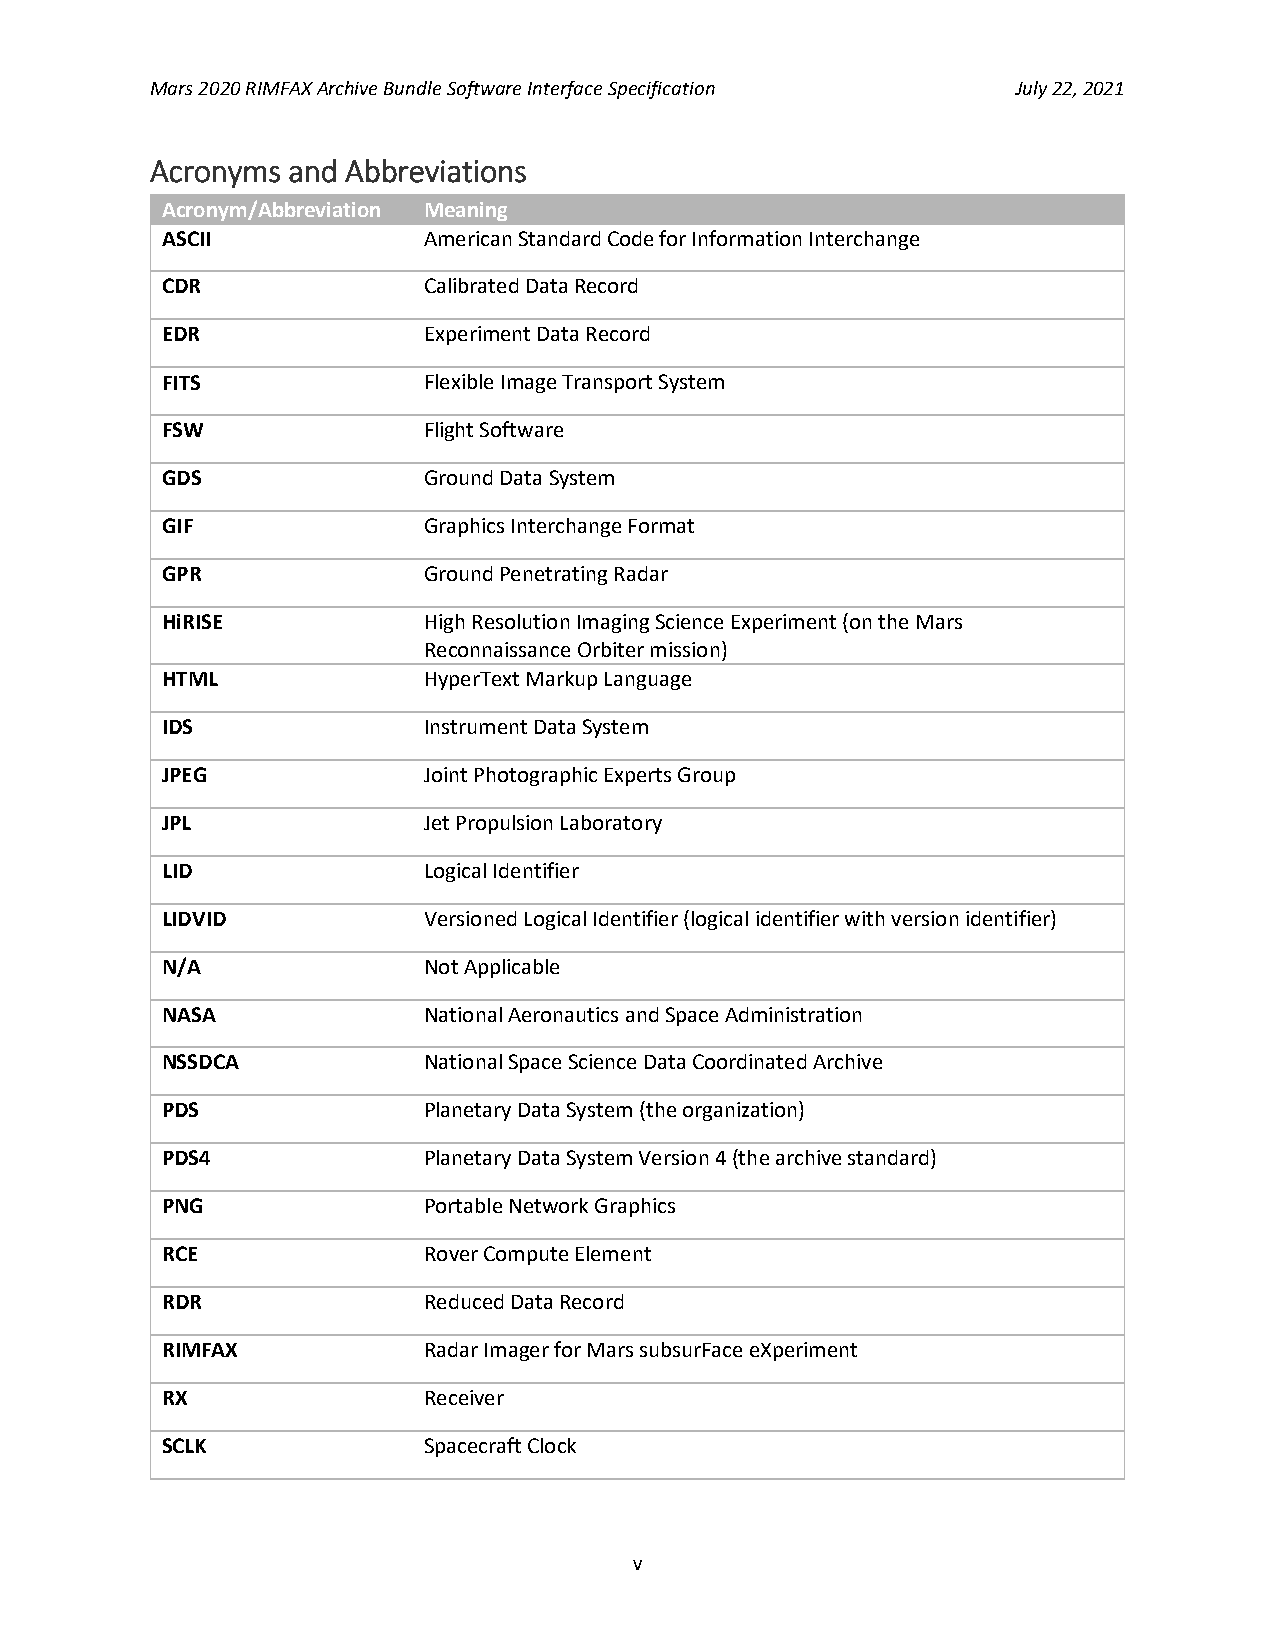
Mars 2020 RIMFAX Archive Bundle Software Interface Specification July 22, 2021
 Acronyms and Abbreviations
 Acronym/Abbreviation Meaning
 ASCII            American Standard Code for Information Interchange
 CDR              Calibrated Data Record
 EDR              Experiment Data Record
 FITS             Flexible Image Transport System
 FSW              Flight Software
 GDS              Ground Data System
 GIF              Graphics Interchange Format
 GPR              Ground Penetrating Radar
 HiRISE           High Resolution Imaging Science Experiment (on the Mars
 Reconnaissance Orbiter mission)
 HTML             HyperText Markup Language
 IDS              Instrument Data System
 JPEG             Joint Photographic Experts Group
 JPL              Jet Propulsion Laboratory
 LID              Logical Identifier
 LIDVID           Versioned Logical Identifier (logical identifier with version identifier)
 N/A              Not Applicable
 NASA             National Aeronautics and Space Administration
 NSSDCA           National Space Science Data Coordinated Archive
 PDS              Planetary Data System (the organization)
 PDS4             Planetary Data System Version 4 (the archive standard)
 PNG              Portable Network Graphics
 RCE              Rover Compute Element
 RDR              Reduced Data Record
 RIMFAX           Radar Imager for Mars subsurFace eXperiment
 RX               Receiver
 SCLK             Spacecraft Clock
 v